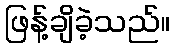
ဖြန့်ချိခဲ့သည်။